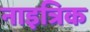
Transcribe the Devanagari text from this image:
नाइत्रिक